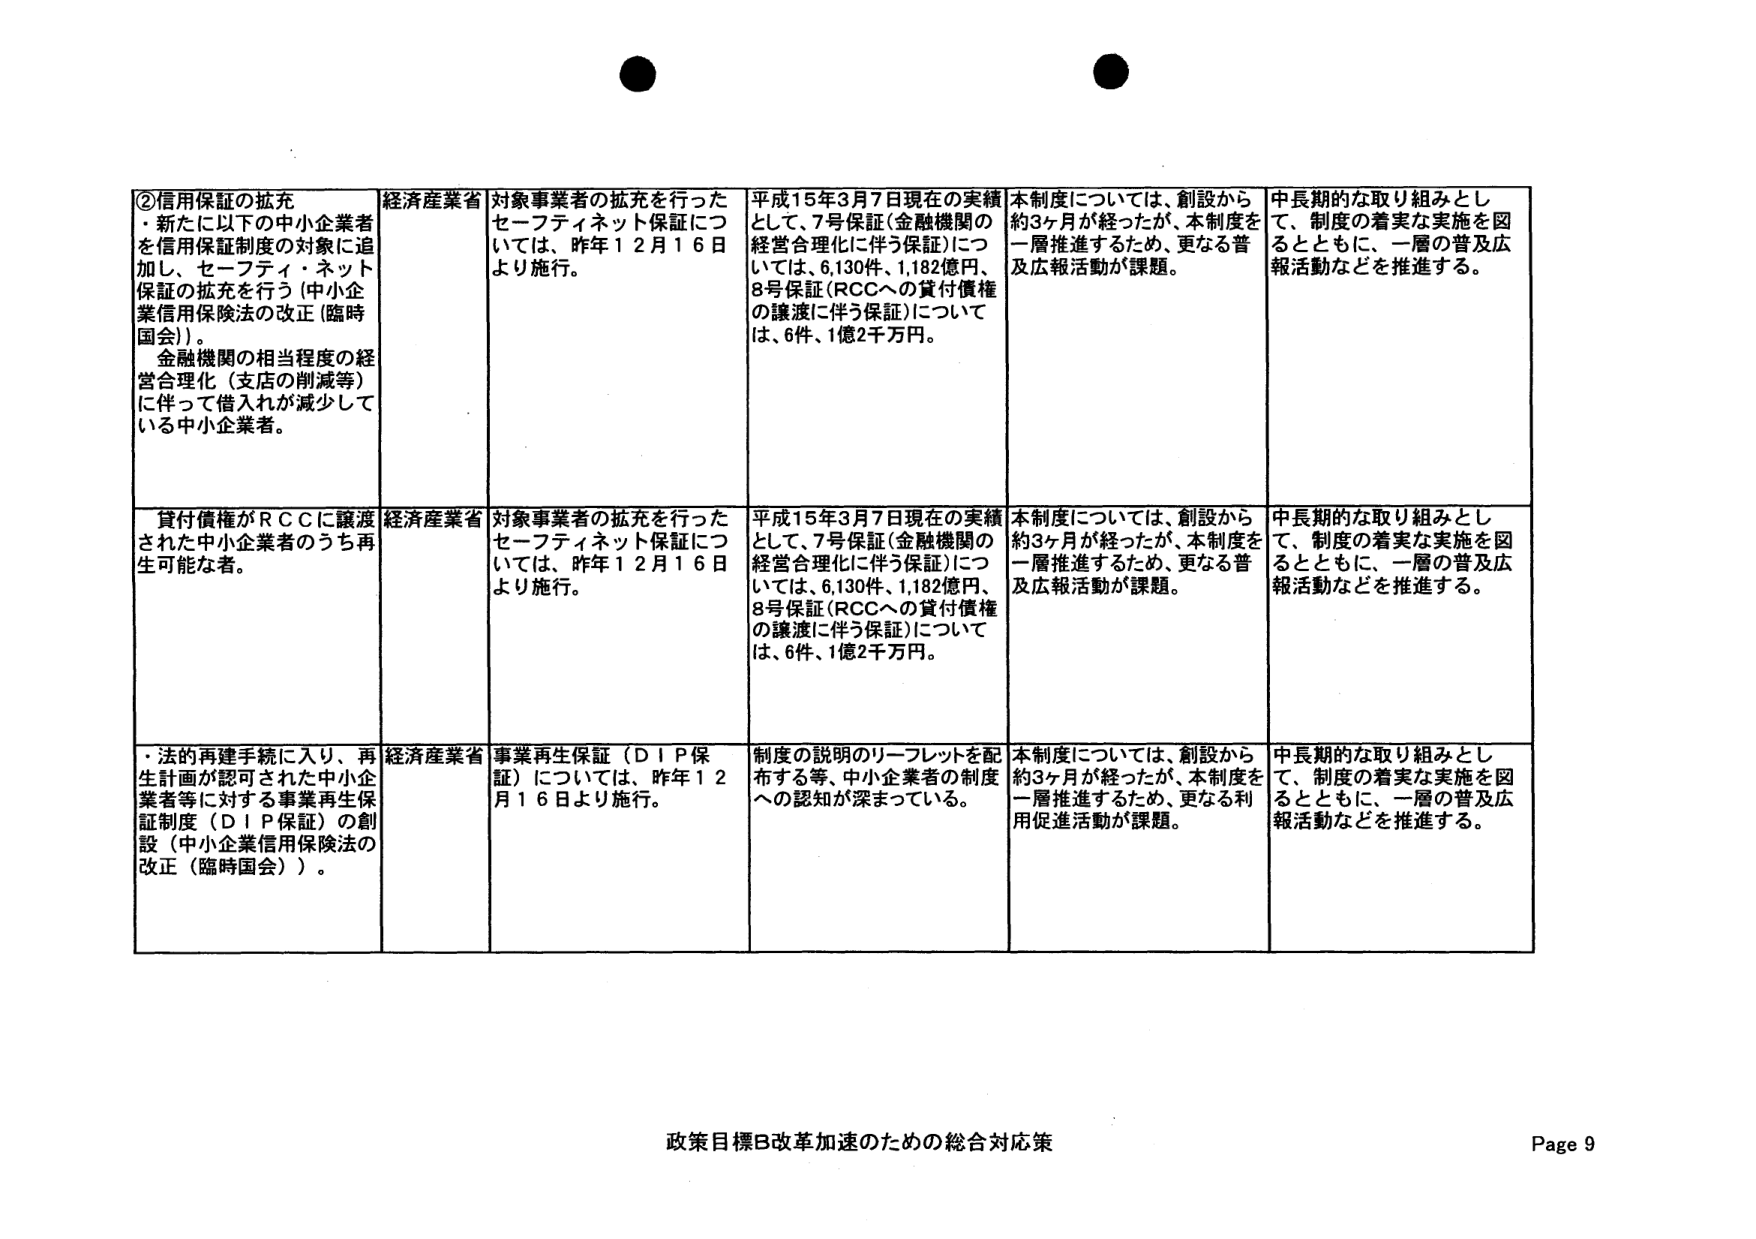
②信用保証の拡充
・新たに以下の中小企業者を信用保証制度の対象に追加し、セーフティ・ネット保証の拡充を行う（中小企業信用保険法の改正（臨時国会））。
金融機関の相当程度の経営合理化（支店の削減等）に伴って借入れが減少している中小企業者。

経済産業省
対象事業者の拡充を行ったセーフティネット保証については、昨年12月16日より施行。

平成15年3月7日現在の実績として、7号保証（金融機関の経営合理化に伴う保証）については、6,130件、1,182億円、8号保証（RCCへの貸付債権の譲渡に伴う保証）については、6件、1億2千万円。

本制度については、創設から約3ヶ月が経ったが、本制度を一層推進するため、更なる普及広報活動が課題。

中長期的な取り組みとして、制度の着実な実施を図るとともに、一層の普及広報活動などを推進する。

貸付債権がRCCに譲渡された中小企業者のうち再生可能な者。

経済産業省
対象事業者の拡充を行ったセーフティネット保証については、昨年12月16日より施行。

平成15年3月7日現在の実績として、7号保証（金融機関の経営合理化に伴う保証）については、6,130件、1,182億円、8号保証（RCCへの貸付債権の譲渡に伴う保証）については、6件、1億2千万円。

本制度については、創設から約3ヶ月が経ったが、本制度を一層推進するため、更なる普及広報活動が課題。

中長期的な取り組みとして、制度の着実な実施を図るとともに、一層の普及広報活動などを推進する。

・法的再建手続に入り、再生計画が認可された中小企業者等に対する事業再生保証制度（DIP保証）の創設（中小企業信用保険法の改正（臨時国会））。

経済産業省
事業再生保証（DIP保証）については、昨年12月16日より施行。

制度の説明のリーフレットを配布する等、中小企業者の制度への認知が深まっている。

本制度については、創設から約3ヶ月が経ったが、本制度を一層推進するため、更なる利用促進活動が課題。

中長期的な取り組みとして、制度の着実な実施を図るとともに、一層の普及広報活動などを推進する。

政策目標B改革加速のための総合対応策
Page 9